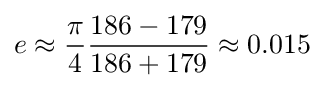
e\approx {\frac {\pi }{4}}{\frac {186-179}{186+179}}\approx 0.015